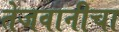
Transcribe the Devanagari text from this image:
तेजवानीचा